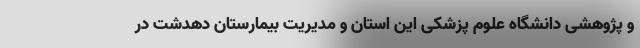
و پژوهشی دانشگاه علوم پزشکی این استان و مدیریت بیمارستان دهدشت در